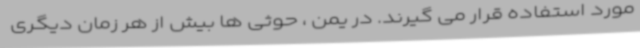
مورد استفاده قرار می گیرند. در یمن ، حوثی ها بیش از هر زمان دیگری